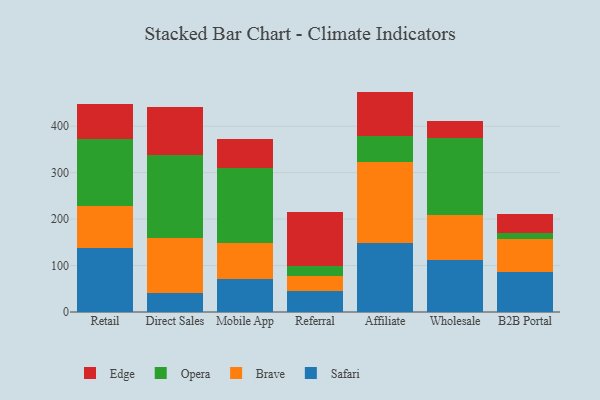
{"axis": {"x": "Channel", "y": "Satisfaction Score"}, "legend": ["Brave", "Edge", "Opera", "Safari"], "data": [{"x": "Retail", "y": 138.3, "type": "Safari"}, {"x": "Retail", "y": 90.9, "type": "Brave"}, {"x": "Retail", "y": 143.3, "type": "Opera"}, {"x": "Retail", "y": 75.4, "type": "Edge"}, {"x": "Direct Sales", "y": 41.5, "type": "Safari"}, {"x": "Direct Sales", "y": 117.7, "type": "Brave"}, {"x": "Direct Sales", "y": 178.3, "type": "Opera"}, {"x": "Direct Sales", "y": 104.1, "type": "Edge"}, {"x": "Mobile App", "y": 72.1, "type": "Safari"}, {"x": "Mobile App", "y": 77.0, "type": "Brave"}, {"x": "Mobile App", "y": 161.7, "type": "Opera"}, {"x": "Mobile App", "y": 61.4, "type": "Edge"}, {"x": "Referral", "y": 44.5, "type": "Safari"}, {"x": "Referral", "y": 32.5, "type": "Brave"}, {"x": "Referral", "y": 22.8, "type": "Opera"}, {"x": "Referral", "y": 115.2, "type": "Edge"}, {"x": "Affiliate", "y": 148.1, "type": "Safari"}, {"x": "Affiliate", "y": 175.7, "type": "Brave"}, {"x": "Affiliate", "y": 55.3, "type": "Opera"}, {"x": "Affiliate", "y": 95.4, "type": "Edge"}, {"x": "Wholesale", "y": 110.9, "type": "Safari"}, {"x": "Wholesale", "y": 98.2, "type": "Brave"}, {"x": "Wholesale", "y": 165.8, "type": "Opera"}, {"x": "Wholesale", "y": 35.3, "type": "Edge"}, {"x": "B2B Portal", "y": 87.2, "type": "Safari"}, {"x": "B2B Portal", "y": 70.7, "type": "Brave"}, {"x": "B2B Portal", "y": 13.1, "type": "Opera"}, {"x": "B2B Portal", "y": 39.7, "type": "Edge"}]}